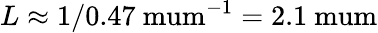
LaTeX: L\approx 1/0.47\mathrm{\ mum^{-1}}=2.1\mathrm{\ mum}